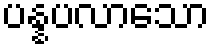
ပန္နပလာသော